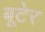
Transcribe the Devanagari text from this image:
बूटेर